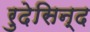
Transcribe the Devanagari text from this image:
रुदेसिन्द